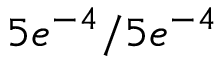
5 e ^ { - 4 } / 5 e ^ { - 4 }